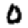
Digit: 0